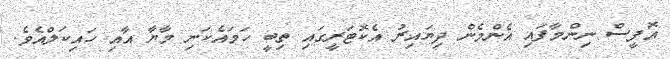
އޮފީސް ނިންމާފައި އެންމެން ދިޔައިރު އެކޮޓަރީގައި ތިބީ ހަމައެކަނި މާޔާ އާއި ހައިކަލްއެވެ.